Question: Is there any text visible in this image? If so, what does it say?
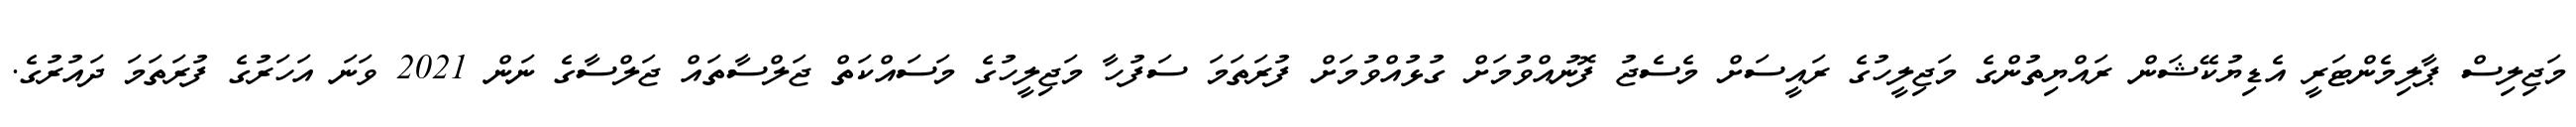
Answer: މަޖިލިސް ޕާލިމެންޓަރީ އެޑިޔުކޭޝަން ރައްޔިތުންގެ މަޖިލީހުގެ ރައީސަށް މެސެޖު ފޮނުއްވުމަށް ގުޅުއްވުމަށް ފުރަތަމަ ސަފުހާ މަޖިލީހުގެ މަސައްކަތް ޖަލްސާތައް ޖަލްސާގެ ނަން 2021 ވަނަ އަހަރުގެ ފުރަތަމަ ދައުރުގެ.